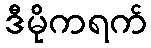
ဒီမိုကရက်